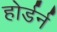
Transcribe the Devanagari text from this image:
होर्डर्न